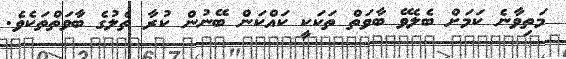
މަތިވާނެ ކަމަށް ބެލެވޭ ބާވަތް ތަކަކީ ކައްކަން ބޭނުން ކުރާ ތެލުގެ ބާވަތްތަކެވެ.